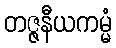
တဇ္ဇနီယကမ္မံ